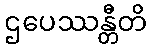
ဌပေဿန္တီတိ